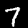
Digit: 7